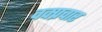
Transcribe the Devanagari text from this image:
वक्प्रचार